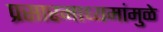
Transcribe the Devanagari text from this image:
प्रसारमाध्यमांमुळे